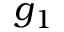
g _ { 1 }